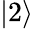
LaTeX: \left\vert 2\right\rangle